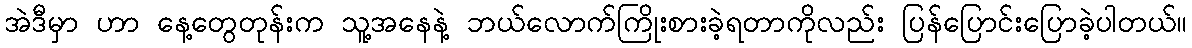
အဲဒီမှာ ဟာ နေ့တွေတုန်းက သူ့အနေနဲ့ ဘယ်လောက်ကြိုးစားခဲ့ရတာကိုလည်း ပြန်ပြောင်းပြောခဲ့ပါတယ်။